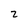
Character: 2